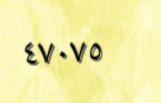
٤٧٠٧٥